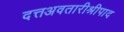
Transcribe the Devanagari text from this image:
दत्तअवतारीश्रीपाद